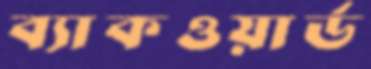
ব্যাকওয়ার্ড